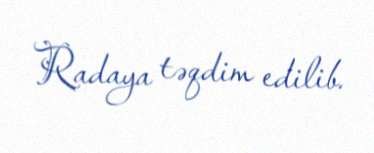
Radaya təqdim edilib.